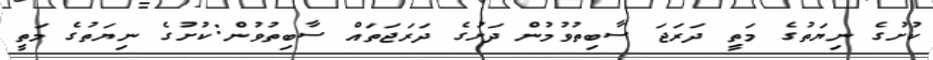
ކުށުގެ ނިޔަތުގެ މަތީ ދަރަޖަ ސާބިތުވުމުން ދަށުގެ ދަރަޖަތައް ސާބިތުވުން:ކުށުގެ ނިޔަތުގެ މަތީ